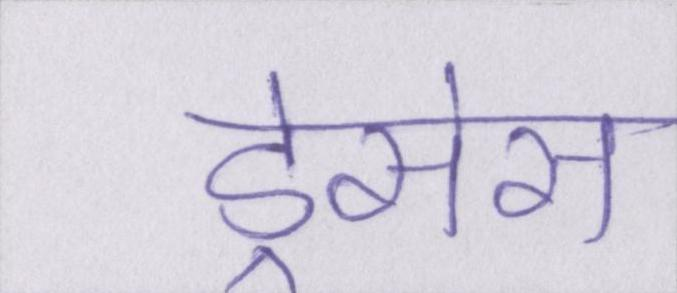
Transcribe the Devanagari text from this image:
ड्रेसेस